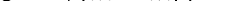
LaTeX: \smash{\xi\sim 1/(m-m_{c})^{1/2}}